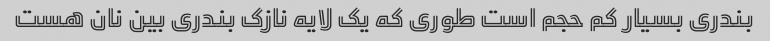
بندری بسیار کم حجم است طوری که یک لایه نازک بندری بین نان هست